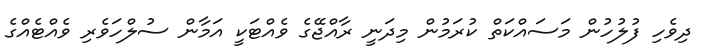
ދިވެހި ފުލުހުން މަސައްކަތް ކުރަމުން މިދަނީ ރާއްޖޭގެ ވެއްޓަކީ އަމާން ސުލްހަވެރި ވެއްޓެއްގެ